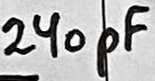
Text: 240pF